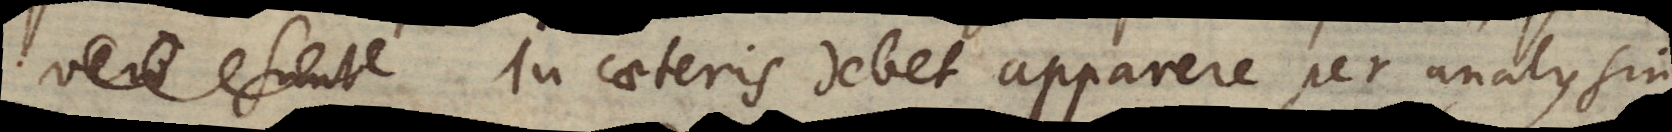
vero sunt In caeteris debet apparere per analysin